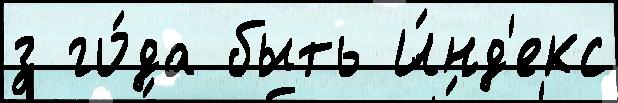
з го́да быть И́нд'екс